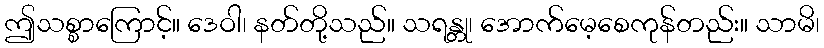
ဤသစ္စာကြောင့်။ ဒေဝါ၊ နတ်တို့သည်။ သရန္တု၊ အောက်မေ့စေကုန်တည်း။ သာမိ၊